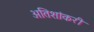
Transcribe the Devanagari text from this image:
अतिशांकरी